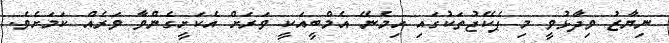
ނިިޔާޒު ވިދާޅުވީ މި ޕެކޭޖުތަކުގައި ހިމެނޭ އެމްބީއަކީ ވަރަށް އެކަށީގެންވާ ވަރެއް ކަމަށެވެ.